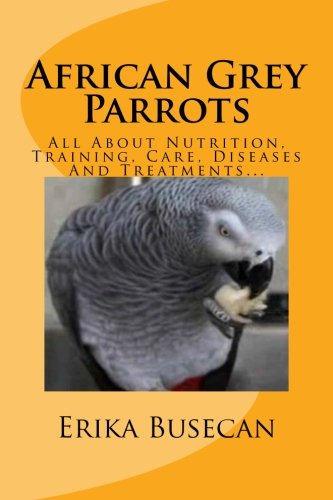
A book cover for African Grey Parrots: All About Nutrition, Training, Care, Diseases And Treatments...; Erika Busecan; Crafts, Hobbies & Home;